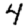
Digit: 4